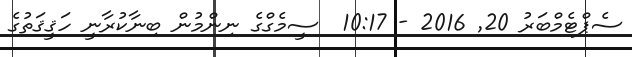
ސެޕްޓެމްބަރު 20